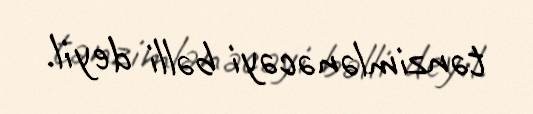
tənzimlənəcəyi bəlli deyil.